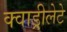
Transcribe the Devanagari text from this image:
क्वाड्रीलेटे